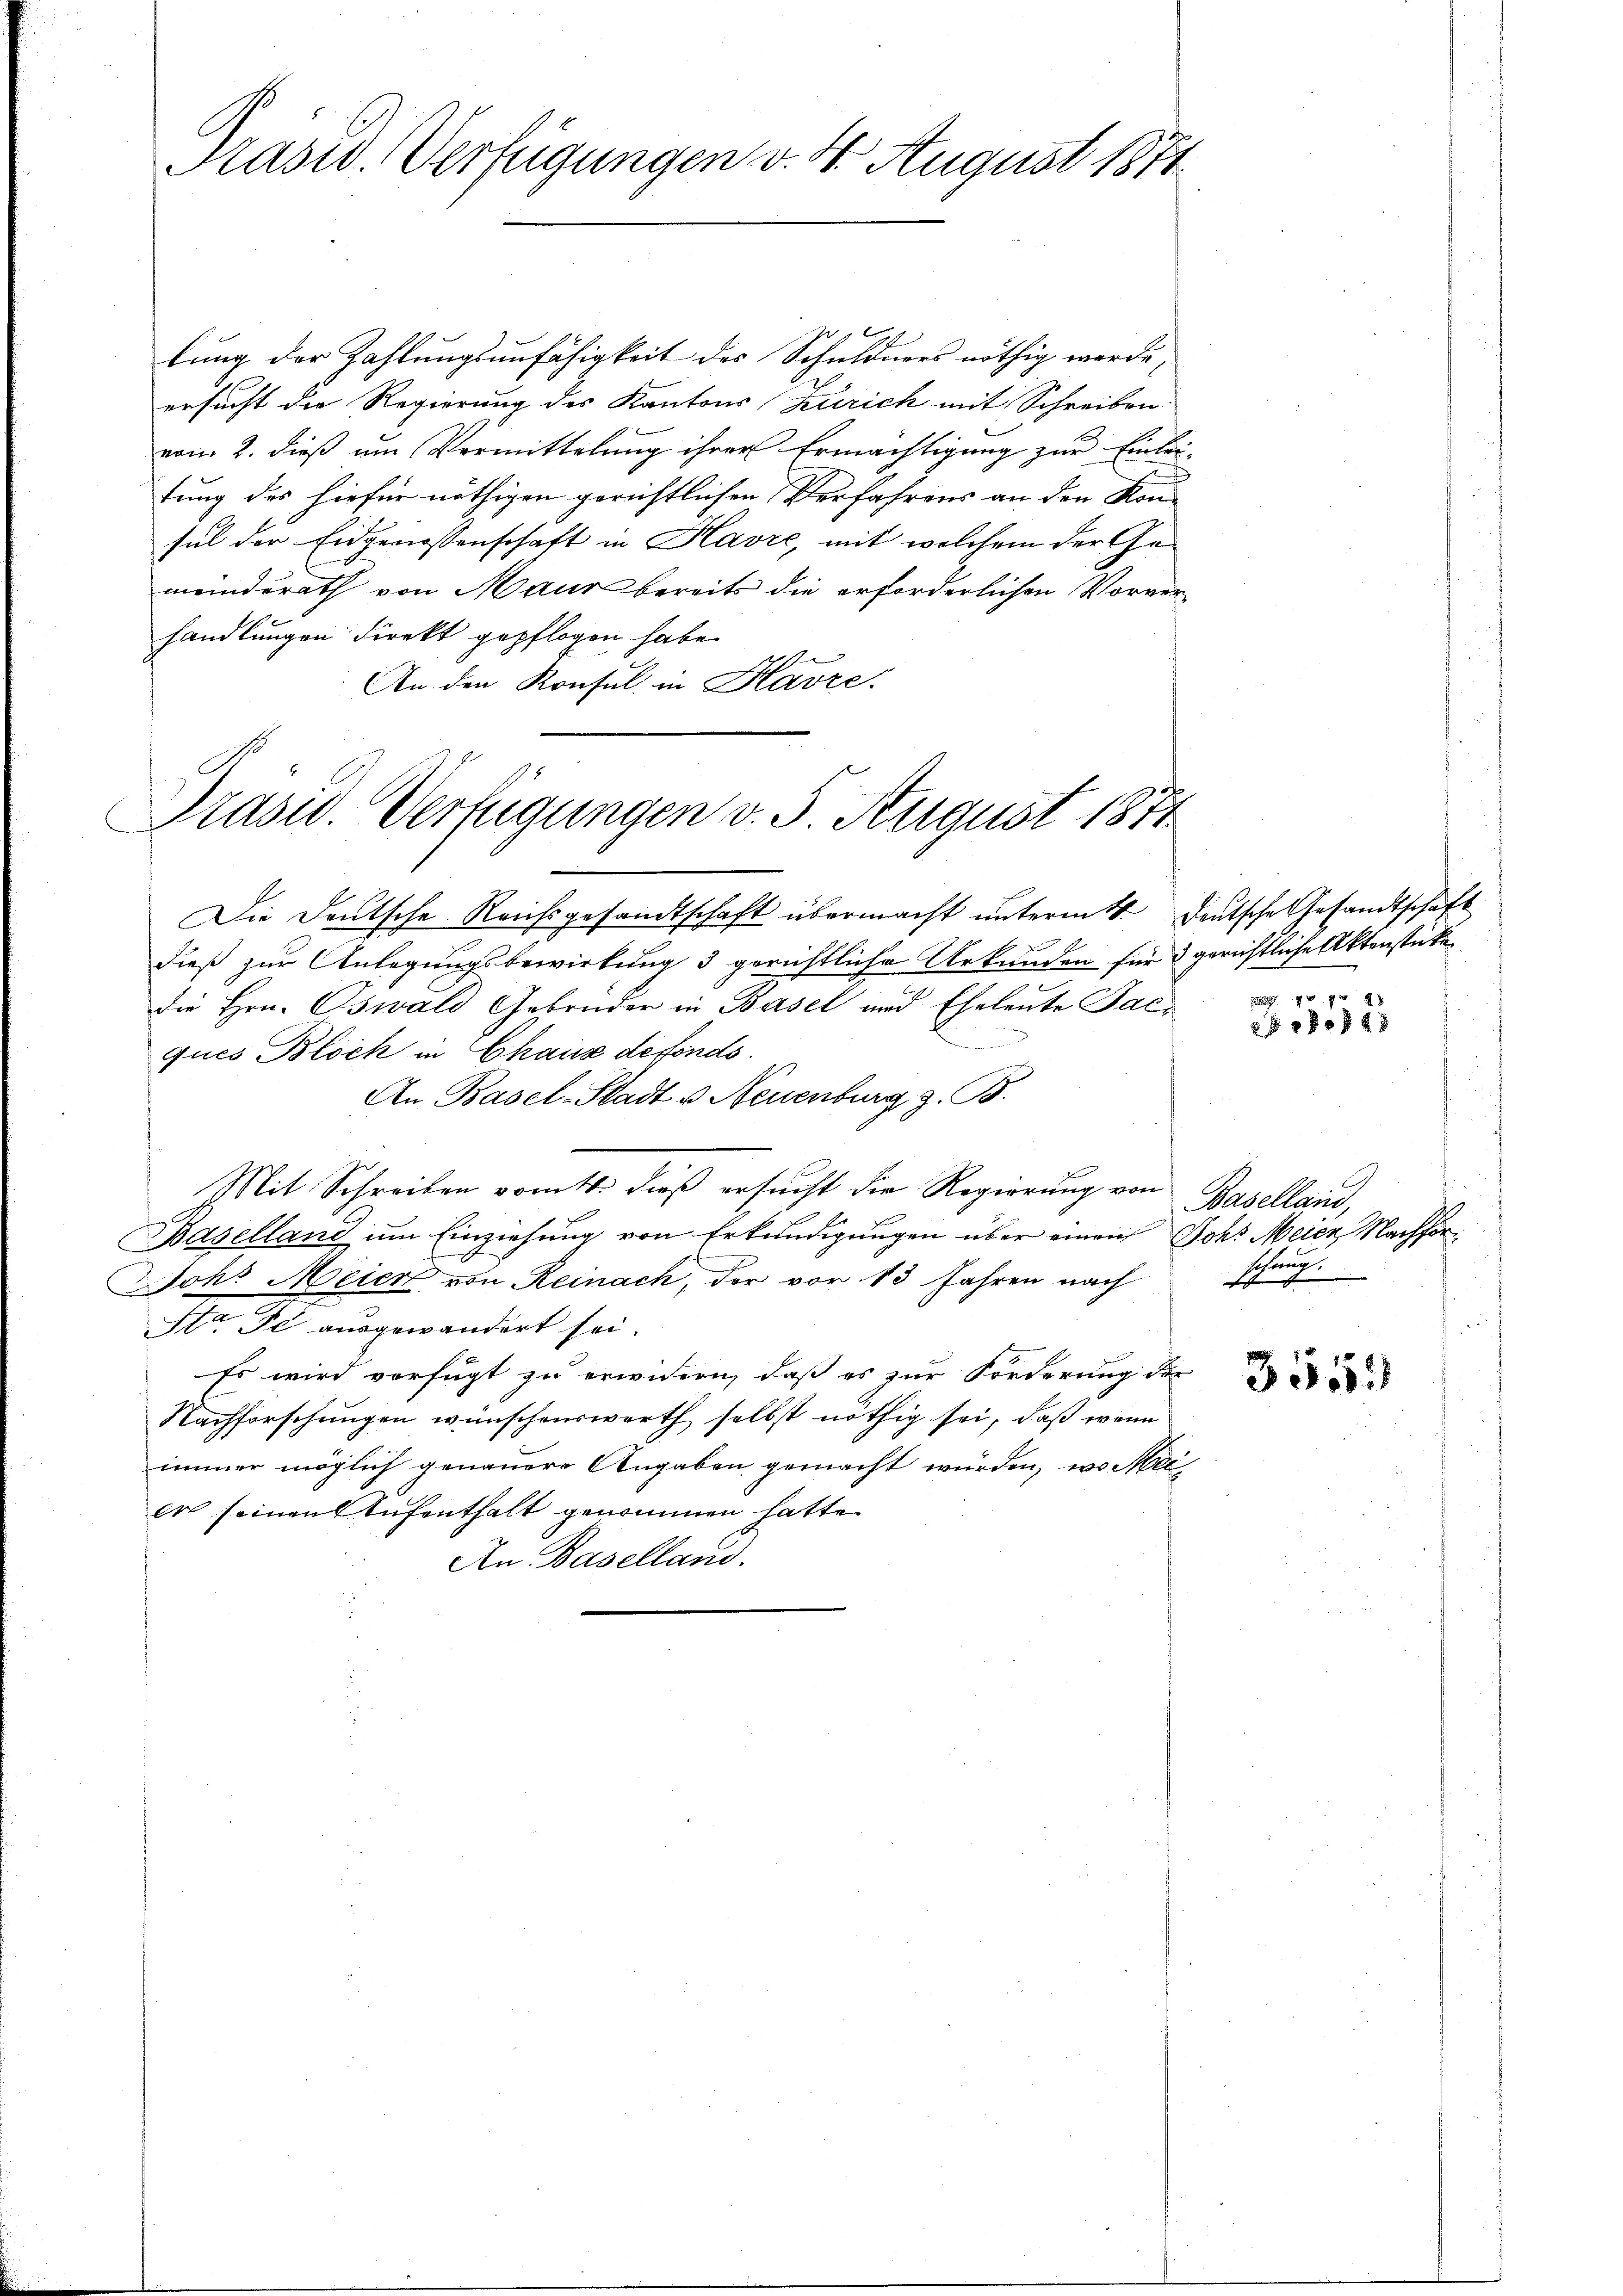
Präsid. Verfügungen v. 4. August 1871

lung der Zahlungsunfähigkeit des Schuldners nöthig werde,
ersucht die Regierung des Kantons Zürich mit Schreiben
vom 2. dieß um Vermittelung ihrer Ermächtigung zur Einleitung des hiefür nöthigen gerichtlichen Verfahrens an den Kon-
sul der Eidgenossenschaft in Havre, mit welchem der Gemeinderath von Maur bereits die erforderlichen Vorverhandlungen direkt gepflogen habe.
An den Konsul in Havre.

E
Die Deutsche Reichsgesandtschaft übermacht unterm 4. Deutsche Gesandtschaft
dieß zur Anlegungsbewirkung 3 gerichtliche Urkunden für 3 gerichtliche Aktenstücke
die Hrn. Oswald Gebrüder in Basel und Eheleute Jac¬
Pennancess
ques Bloch in Chaus defonds.
An Basel-Stadt u. Neuenburg z. B.
Mit Schreiben vom 4. dieß ersucht die Regierung von
Baselland um Einziehung von Erkundigungen über einen Joh. Meier Nachfor¬
Joh: Meier von Reinach, der vor 13 Jahren nach
Sta de ausgewandert sei.
Es wird verfügt zu erwidern, daß es zur Forderung der
Nachforschungen wünschenswerth selbst nöthig sei, daß wenn
immer möglich genauere Angaben gemacht würden, wo Meie seinen Aufenthalt genommen hatte
An Baselland.

Präsid. Verfügungen v. 5. August 1871

20945

Baselland,
sehung.

schen

3555.